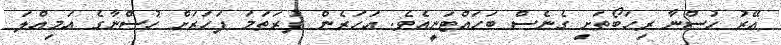
އޭރު ހުސްނާ ރިހަބޯތަށި ގެނެސް ބަހައްޓަނީއެވެ. އަހަރެން ފުރަތަމަ ފަހަރަށް ހުސްނާގެ އަމިއްލަ